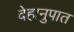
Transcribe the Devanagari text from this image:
देहानुपात